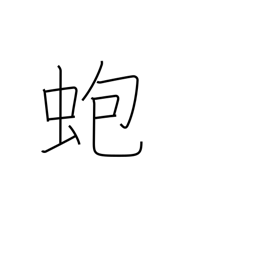
Meaning: abalone